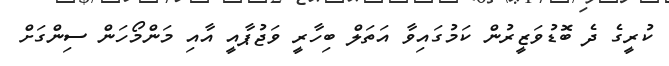
ކުރީގެ ދެ ބޮޑުވަޒީރުން ކަމުގައިވާ އަތަލް ބިހާރީ ވަޖުޕާއީ އާއި މަންމޯހަން ސިންގަށް